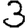
Digit: 3